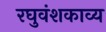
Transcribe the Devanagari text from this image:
रघुवंशकाव्य